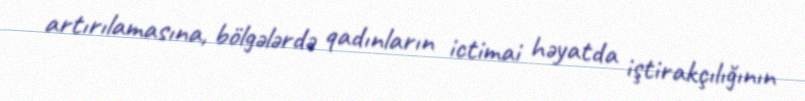
artırılamasına, bölgələrdə qadınların ictimai həyatda iştirakçılığının